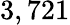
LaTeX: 3,721